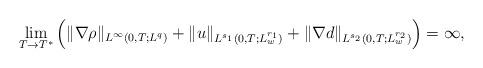
LaTeX: \begin{align*}\underset{T \rightarrow T^*}{\lim}\left(\|\nabla \rho\|_{L^\infty(0,T;L^q)} +\|u\|_{L^{s_1}(0,T;L_w^{r_1})}+\|\nabla d\|_{L^{s_2}(0,T;L_w^{r_2})}\right)=\infty,\end{align*}